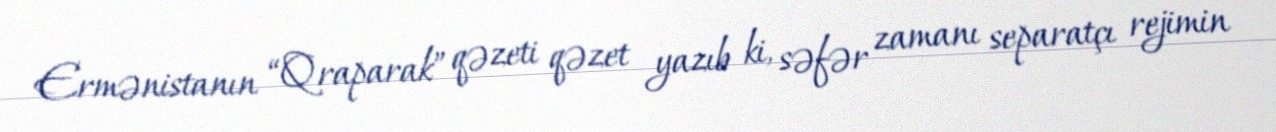
Ermənistanın “Qraparak” qəzeti qəzet yazıb ki, səfər zamanı separatçı rejimin